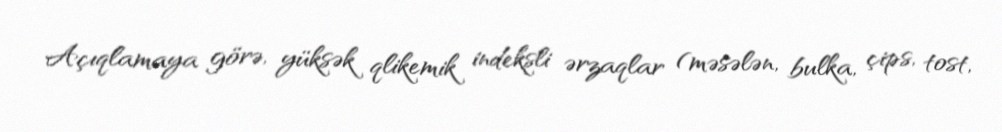
Açıqlamaya görə, yüksək qlikemik indeksli ərzaqlar (məsələn, bulka, çips, tost,